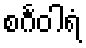
စင်္ဂဝါရံ